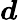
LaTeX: \boldsymbol{d}